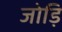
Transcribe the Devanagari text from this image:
जोड़ि